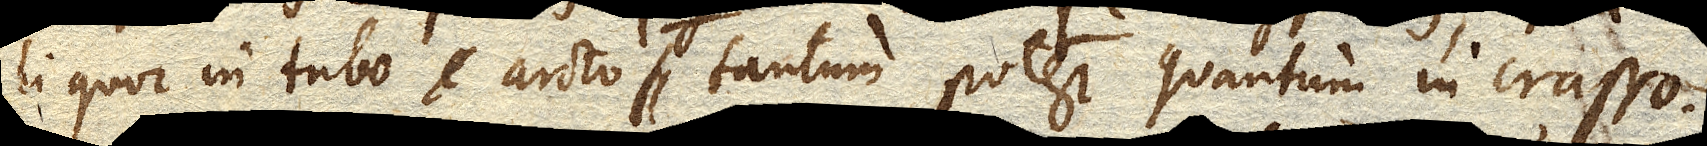
liquor in tubo arcto tantum potest quantum in crasso.